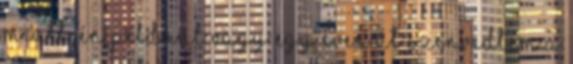
miatt, én például vagy egy éven át szenvedtem a